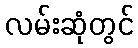
လမ်းဆုံတွင်